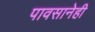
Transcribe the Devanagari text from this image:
पावसानेही